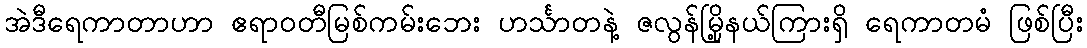
အဲဒီရေကာတာဟာ ဧရာဝတီမြစ်ကမ်းဘေး ဟင်္သာတနဲ့ ဇလွန်မြို့နယ်ကြားရှိ ရေကာတမံ ဖြစ်ပြီး